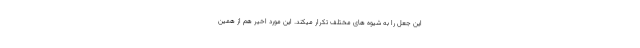
این‌ جعل را به شیوه های مختلف تکرار میکند. این مورد اخیر هم از همین